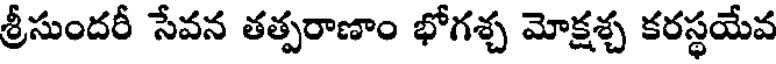
శ్రీసుందరీ సేవన తత్పరాణాం భోగశ్చ మోక్షశ్చ కరస్థయేవ